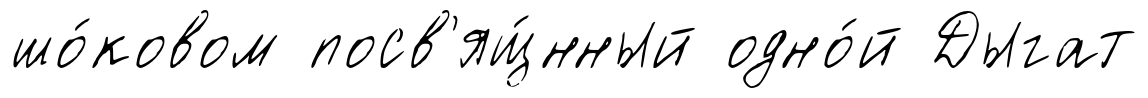
шо́ковом посв'ящ́нный одно́й Дыгат